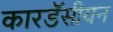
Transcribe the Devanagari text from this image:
कारडॅसीयन